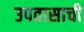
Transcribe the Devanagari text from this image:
उपवासाची